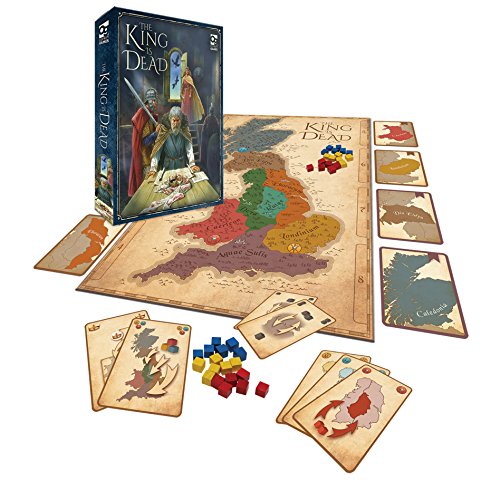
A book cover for The King is Dead: Struggles for Power in King Arthur's Court (Osprey Games); Peer Sylvester; Humor & Entertainment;